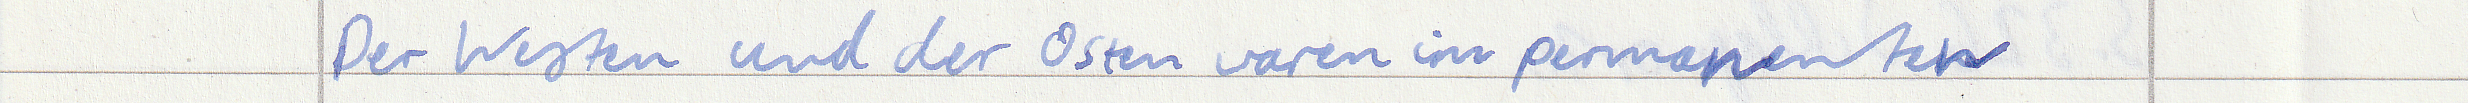
Der Westen und der Osten waren im permanenten